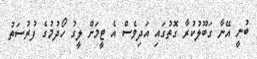
ބުނީ އޭނާ ގަބޫލުކުރާ ގޮތުގައި އަދިވެސް އެ ޓީމަށް ލީގު ހޯދުމުގެ ފުރުސަތު